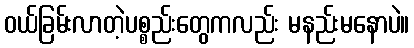
ဝယ်ခြမ်းလာတဲ့ပစ္စည်းတွေကလည်း မနည်းမနောပဲ။